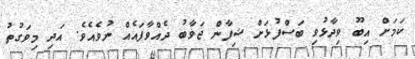
ކަމަށް އިބޫ ވިދާޅުވި ބަސްފުޅަށް ޝިފާން ޖަވާބު ދެއްވާފައެއް ނުވެއެވެ. އަދި މިވަގުތު